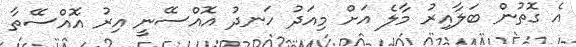
އެ ގޮތުން ބަލާއިރު މާލެ އަށް މިއަދު ހަނދު އޮއްސޭނީ އިރު އޮއްސޭތާ